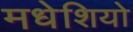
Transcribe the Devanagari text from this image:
मधेशियो